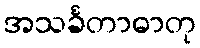
အသင်္ခတာဓာတု